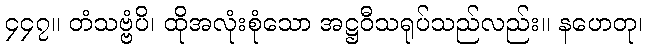
၄၄၇။ တံသဗ္ဗံပိ၊ ထိုအလုံးစုံသော အဋ္ဌဝီသရုပ်သည်လည်း။ နဟေတု၊